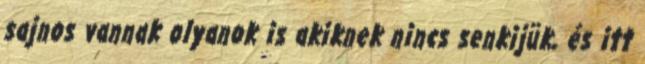
sajnos vannak olyanok is akiknek nincs senkijük, és itt